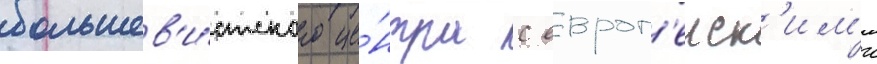
большев'и́стского це́нтра с европ'еиск'им'и